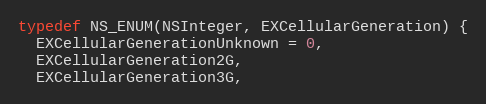
Language: C
typedef NS_ENUM(NSInteger, EXCellularGeneration) {
  EXCellularGenerationUnknown = 0,
  EXCellularGeneration2G,
  EXCellularGeneration3G,